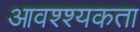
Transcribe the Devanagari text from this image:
आवश्श्यकता